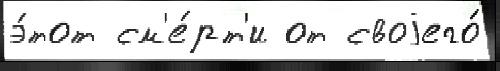
э́тот см'е́рт'и от своjего́